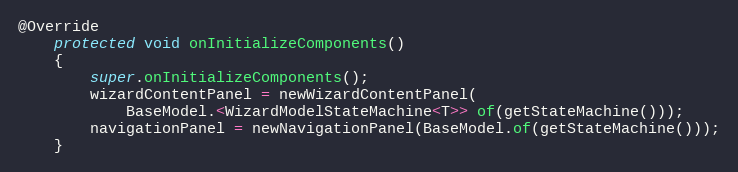
Language: Java
@Override
	protected void onInitializeComponents()
	{
		super.onInitializeComponents();
		wizardContentPanel = newWizardContentPanel(
			BaseModel.<WizardModelStateMachine<T>> of(getStateMachine()));
		navigationPanel = newNavigationPanel(BaseModel.of(getStateMachine()));
	}